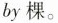
by棵。